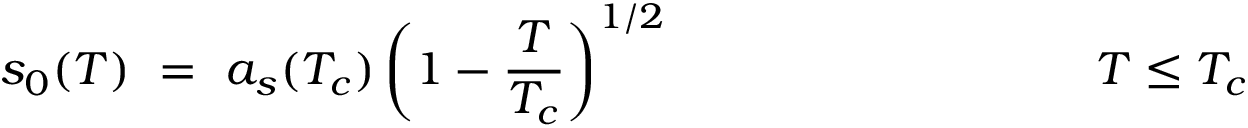
s _ { 0 } ( T ) ~ = ~ a _ { s } ( T _ { c } ) \left( 1 - { \frac { T } { T _ { c } } } \right) ^ { 1 / 2 } ~ ~ ~ ~ ~ ~ ~ ~ ~ ~ ~ ~ ~ ~ ~ ~ ~ ~ ~ ~ ~ ~ ~ ~ ~ ~ ~ T \leq T _ { c }